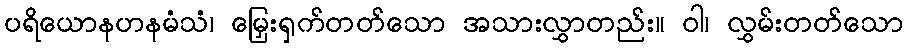
ပရိယောနဟနမံသံ၊ မြှေးရှက်တတ်သော အသားလွှာတည်း။ ဝါ၊ လွှမ်းတတ်သော